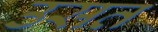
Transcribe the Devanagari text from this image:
उसत